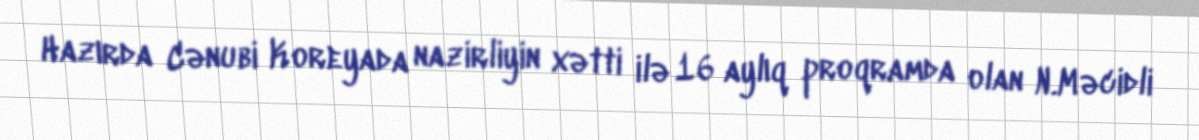
Hazırda Cənubi Koreyada nazirliyin xətti ilə 16 aylıq proqramda olan N.Məcidli